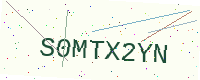
Text: S0MTX2YN